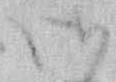
御